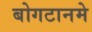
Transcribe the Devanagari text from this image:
बोगटानमे